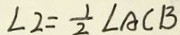
\angle 2 = \frac { 1 } { 2 } \angle A C B